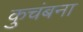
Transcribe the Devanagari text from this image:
कुचंबना